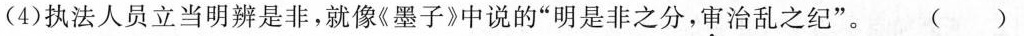
(4)执法人员立当明辨是非，就像《墨子》中说的”明是非之分，审治乱之纪”。()